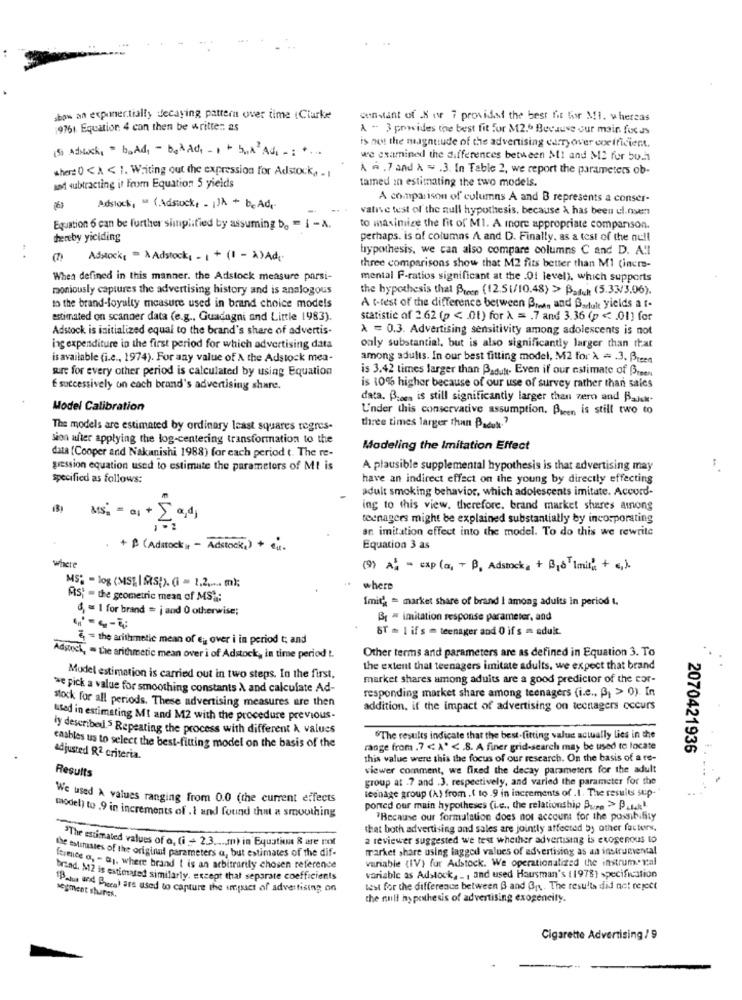
show an exponentially decaying pattern over time (Clarke
constant of X or 7 provided the best fit fir Mi. whereas
9761. Equation 4 can then be written as
A - 3 provides the best fit for M2.6 Because our main focus
is not the magnitude of the advertising carryover coefficient.
(3) Atruck, " boAd, - 6,ÀAd, - 1 + 5,A Ad .: +
we examined the differences between MI and M2 fur boh
wher: 0 < A < 1. Writing out the expression for Adstock, - 1
À A. 7 and A = 3. In Table 2, we report the parameters ob-
tamed in estimating the two models.
and subtracting it from Equation 5 yields
A comparison of columns A and B represents a conser-
Adslock, “ (Adstock, - )k + beAd.
valise test of the null hypothesis, because À has been ul.nsen
Equation 6 can be further simplified by assuming bo = i - A.
to maximize the fit of MI. A more appropriate comparison.
hereby yielding
perhaps. is of columns A and D. Finally. as a test of the null
hypothesis, we can also compare columns C and D. A !!
Adstock( = À Adstocks - 1 + (1 - A)Ad.
three comparisons show that M2 fits better than Ml (incre-
When defined in this manner. the Adstock measure parsi-
mental F-ratios significant at the .Of level), which supports
moniously captures the advertising history and is analogous
the hypothesis that Preen (12.5(/10.48) >> Bad, (5.33/3.06).
to the brand-loyalty measure used in brand choice models
A t-test of the difference between Bra, and Boduit yields a r.
estimated on scanner data (e.g ., Guadagni and Little 1983).
statistic of 2.62 (p < . 01) for À = . 7 and 3.36 (p < 01) for
Adstock is initialized equal to the brand's share of advertis-
A = 0.3. Advertising sensitivity among adolescents is not
ing expenditure in the first period for which advertising data
only substantial, but is also significantly larger than that
is available (i.e ., 1974). For any value of A the Adstock mea-
among adults. In our best fitting model, M2 for À = . 3. Pre
sure for every other period is calculated by using Equation
is 3.42 times larger than Baduy. Even if our estimate of Breen
E successively on each brand's advertising share.
is 10% higher because of our use of survey rather than sales
data. B ..., is still significantly larger than zero and Bajuk-
Model Calibration
U'nder this conservative assumption. Preen is still two to
The models are estimated by ordinary least squares regres-
three times larger than Paduk .?
sion after applying the log-centering transformation to the
data (Cooper and Nakanishi 1988) for each period t. The re-
Modeling the Imitation Effect
gression equation used to estimate the parameters of Mt is
A plausible supplemental hypothesis is that advertising may
specified as follows:
have an indirect effect on the young by directly effecting
adult smoking behavior, which adolescents imitate. Accord-
ing to this view, therefore. brand market shares among
teenagers might be explained substantially by incorporating
an imitation effect into the model. To do this we rewrite
B (Adstock, - Adstock,) + 1 .
Equation 3 as
where
(9) A] = = xp (a, + P, Adstocka + B16 Imit; + €,).
1 - log (MST ISS'). (i = 1,2 ,.... m);
where
As; - the geometric mean of MS:
Imith = market share of brand I among adults in period i.
d, = 1 for brand = j and 0 otherwise;
Bq = imitation response parameter, and
8T = I if s = teenager and 0 if s = adult.
& = the arithmetic mean of ej over i in period t; and
Other terms and parameters are as defined in Equation 3. To
Adstock, = the arithmetic mean over i of Adstock, in time period L.
the extent that teenagers imitate adults, we expect that brand
Model estimation is carried out in two steps. In the first,
market shares among aduits are a good predictor of the cor-
we pick a value for smoothing constants À and calculate Ad-
responding market share among teenagers (i.e ., ß1 > 0). In
stock for all periods. These advertising measures are then
addition, if the impact of advertising on teenagers occurs
used in estimating MI and M2 with the procedure previous.
ly described. 5 Repeating the process with different À values
.The results indicate that the best-fitting value actually lies in the
cashles us to select the best-fitting model on the basis of the
range from .7 < A" < . 8. A finer grid-search may be used to locate
2070421936
adjusted R2 criteria.
this value were this the focus of our research. On the basis of a re-
viewer comment, we fixed the decay parameters for the adult
Results
group at .7 and .3. respectively, and varied the parameter for the
teenage group (A) from . ( to.9 in increments of . 1. The results sup-
We used A values ranging from 0.0 (the current effects
ported our main hypotheses (i.e ., the relationship Bu > P.t.
model) to .9 in increments of .1 and found that a smoothing
"Because our formulation does not account for the possibility
that both advertising and sales are jointly affected by other factors,
"The estimated values of o, (i -+ 2.3 ..... mn) in Byuation & are por
a reviewer suggested we test whether advertising is exogenous to
market share using lagged values of advertising as an instrumental
the estitustes of the original parameters a, but estimates of the dif-
variable (IV) fur Adstock. We operationalized the instrum. val
ference a, - a1. where brand I is an arbitrarily chosen reference
brand. M2 is estimated similarly, except that separate coefficients
variable as Adstock, ., and used Hausman's (1978) specification
Para and Broca) are used to capture the impact of advertising on
test for the difference between B and B. The results did not reject
segment shures.
the null hypothesis of advertising exogencity.
Cigarette Advertising/ 9